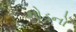
નોડનો